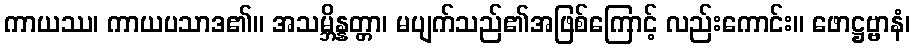
ကာယဿ၊ ကာယပသာဒ၏။ အသမ္ဘိန္နတ္တာ၊ မပျက်သည်၏အဖြစ်ကြောင့် လည်းကောင်း။ ဖောဋ္ဌဗ္ဗာနံ၊